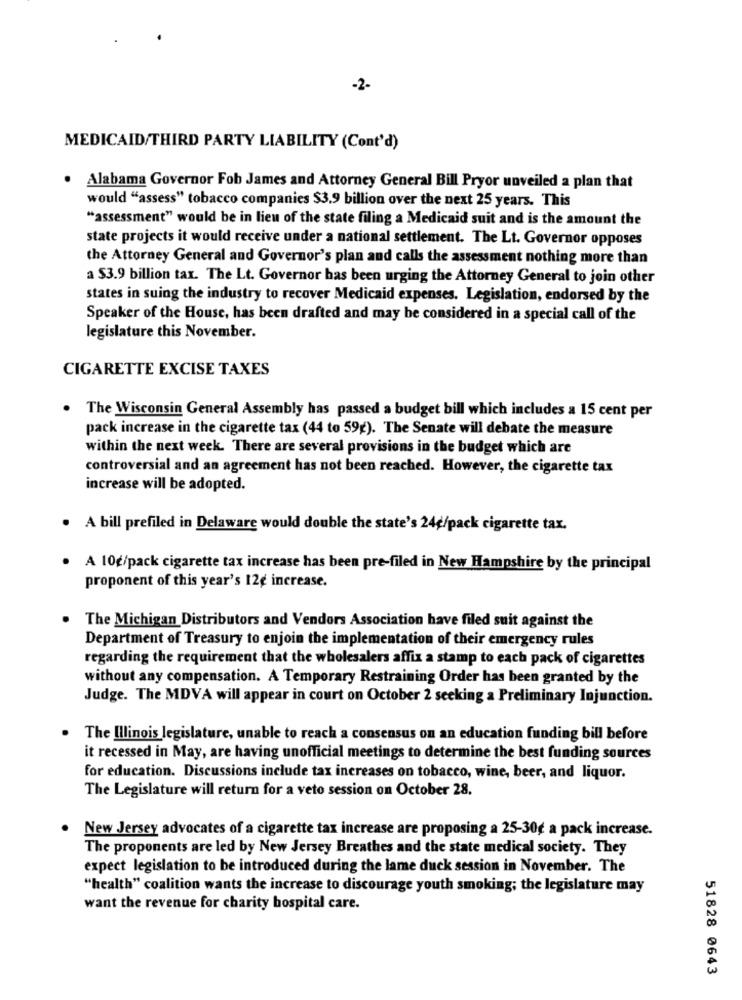
-2-
MEDICAID/THIRD PARTY LIABILITY (Cont'd)
. Alabama Governor Fob James and Attorney General Bill Pryor unveiled a plan that
would "assess" tobacco companies $3.9 billion over the next 25 years. This
"assessment" would be in lieu of the state filing a Medicaid suit and is the amount the
state projects it would receive under a national settlement. The Lt. Governor opposes
the Attorney General and Governor's plan and calls the assessment nothing more than
a $3.9 billion tax. The Lt. Governor has been urging the Attorney General to join other
states in suing the industry to recover Medicaid expenses. Legislation, endorsed by the
Speaker of the House, has been drafted and may be considered in a special call of the
legislature this November.
CIGARETTE EXCISE TAXES
The Wisconsin General Assembly has passed a budget bill which includes a 15 cent per
pack increase in the cigarette tax (44 to 59g). The Senate will debate the measure
within the next week. There are several provisions in the budget which are
controversial and an agreement has not been reached. However, the cigarette tax
increase will be adopted.
. A bill prefiled in Delaware would double the state's 24€/pack cigarette tax.
A 10g/pack cigarette tax increase has been pre-filed in New Hampshire by the principal
proponent of this year's 12¢ increase.
The Michigan Distributors and Vendors Association have filed suit against the
Department of Treasury to enjoin the implementation of their emergency rules
regarding the requirement that the wholesalers affix a stamp to each pack of cigarettes
without any compensation. A Temporary Restraining Order has been granted by the
Judge. The MDVA will appear in court on October 2 seeking a Preliminary Injunction.
The Illinois legislature, unable to reach a consensus on an education funding bill before
it recessed in May, are having unofficial meetings to determine the best funding sources
for education. Discussions include tax increases on tobacco, wine, beer, and liquor.
The Legislature will return for a veto session on October 28.
New Jersey advocates of a cigarette tax increase are proposing a 25-30g a pack increase.
The proponents are led by New Jersey Breathes and the state medical society. They
expect legislation to be introduced during the lame duck session in November. The
"health" coalition wants the increase to discourage youth smoking; the legislature may
want the revenue for charity hospital care.
51828 0643